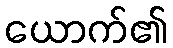
ယောက်၏